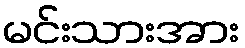
မင်းသားအား